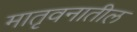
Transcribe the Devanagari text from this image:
मातृवनातील